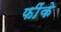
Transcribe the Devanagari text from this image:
फींके